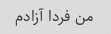
من فردا آزادم